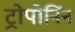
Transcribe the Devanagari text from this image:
ट्रोपोनिंन